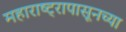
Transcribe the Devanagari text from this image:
महाराष्ट्रापासूनच्या